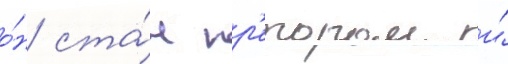
о́н ста́л пр'етором и́